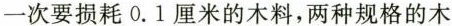
一次要损耗0.1厘米的木料，两种规格的木